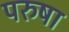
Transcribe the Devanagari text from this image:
परुषा